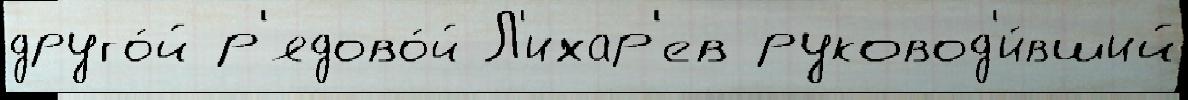
друго́й р'ядово́й Л'ихар'ев руковод'и́вший